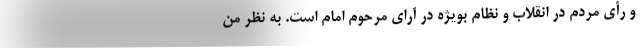
و رأی مردم در انقلاب و نظام بویژه در آرای مرحوم امام است. به نظر من